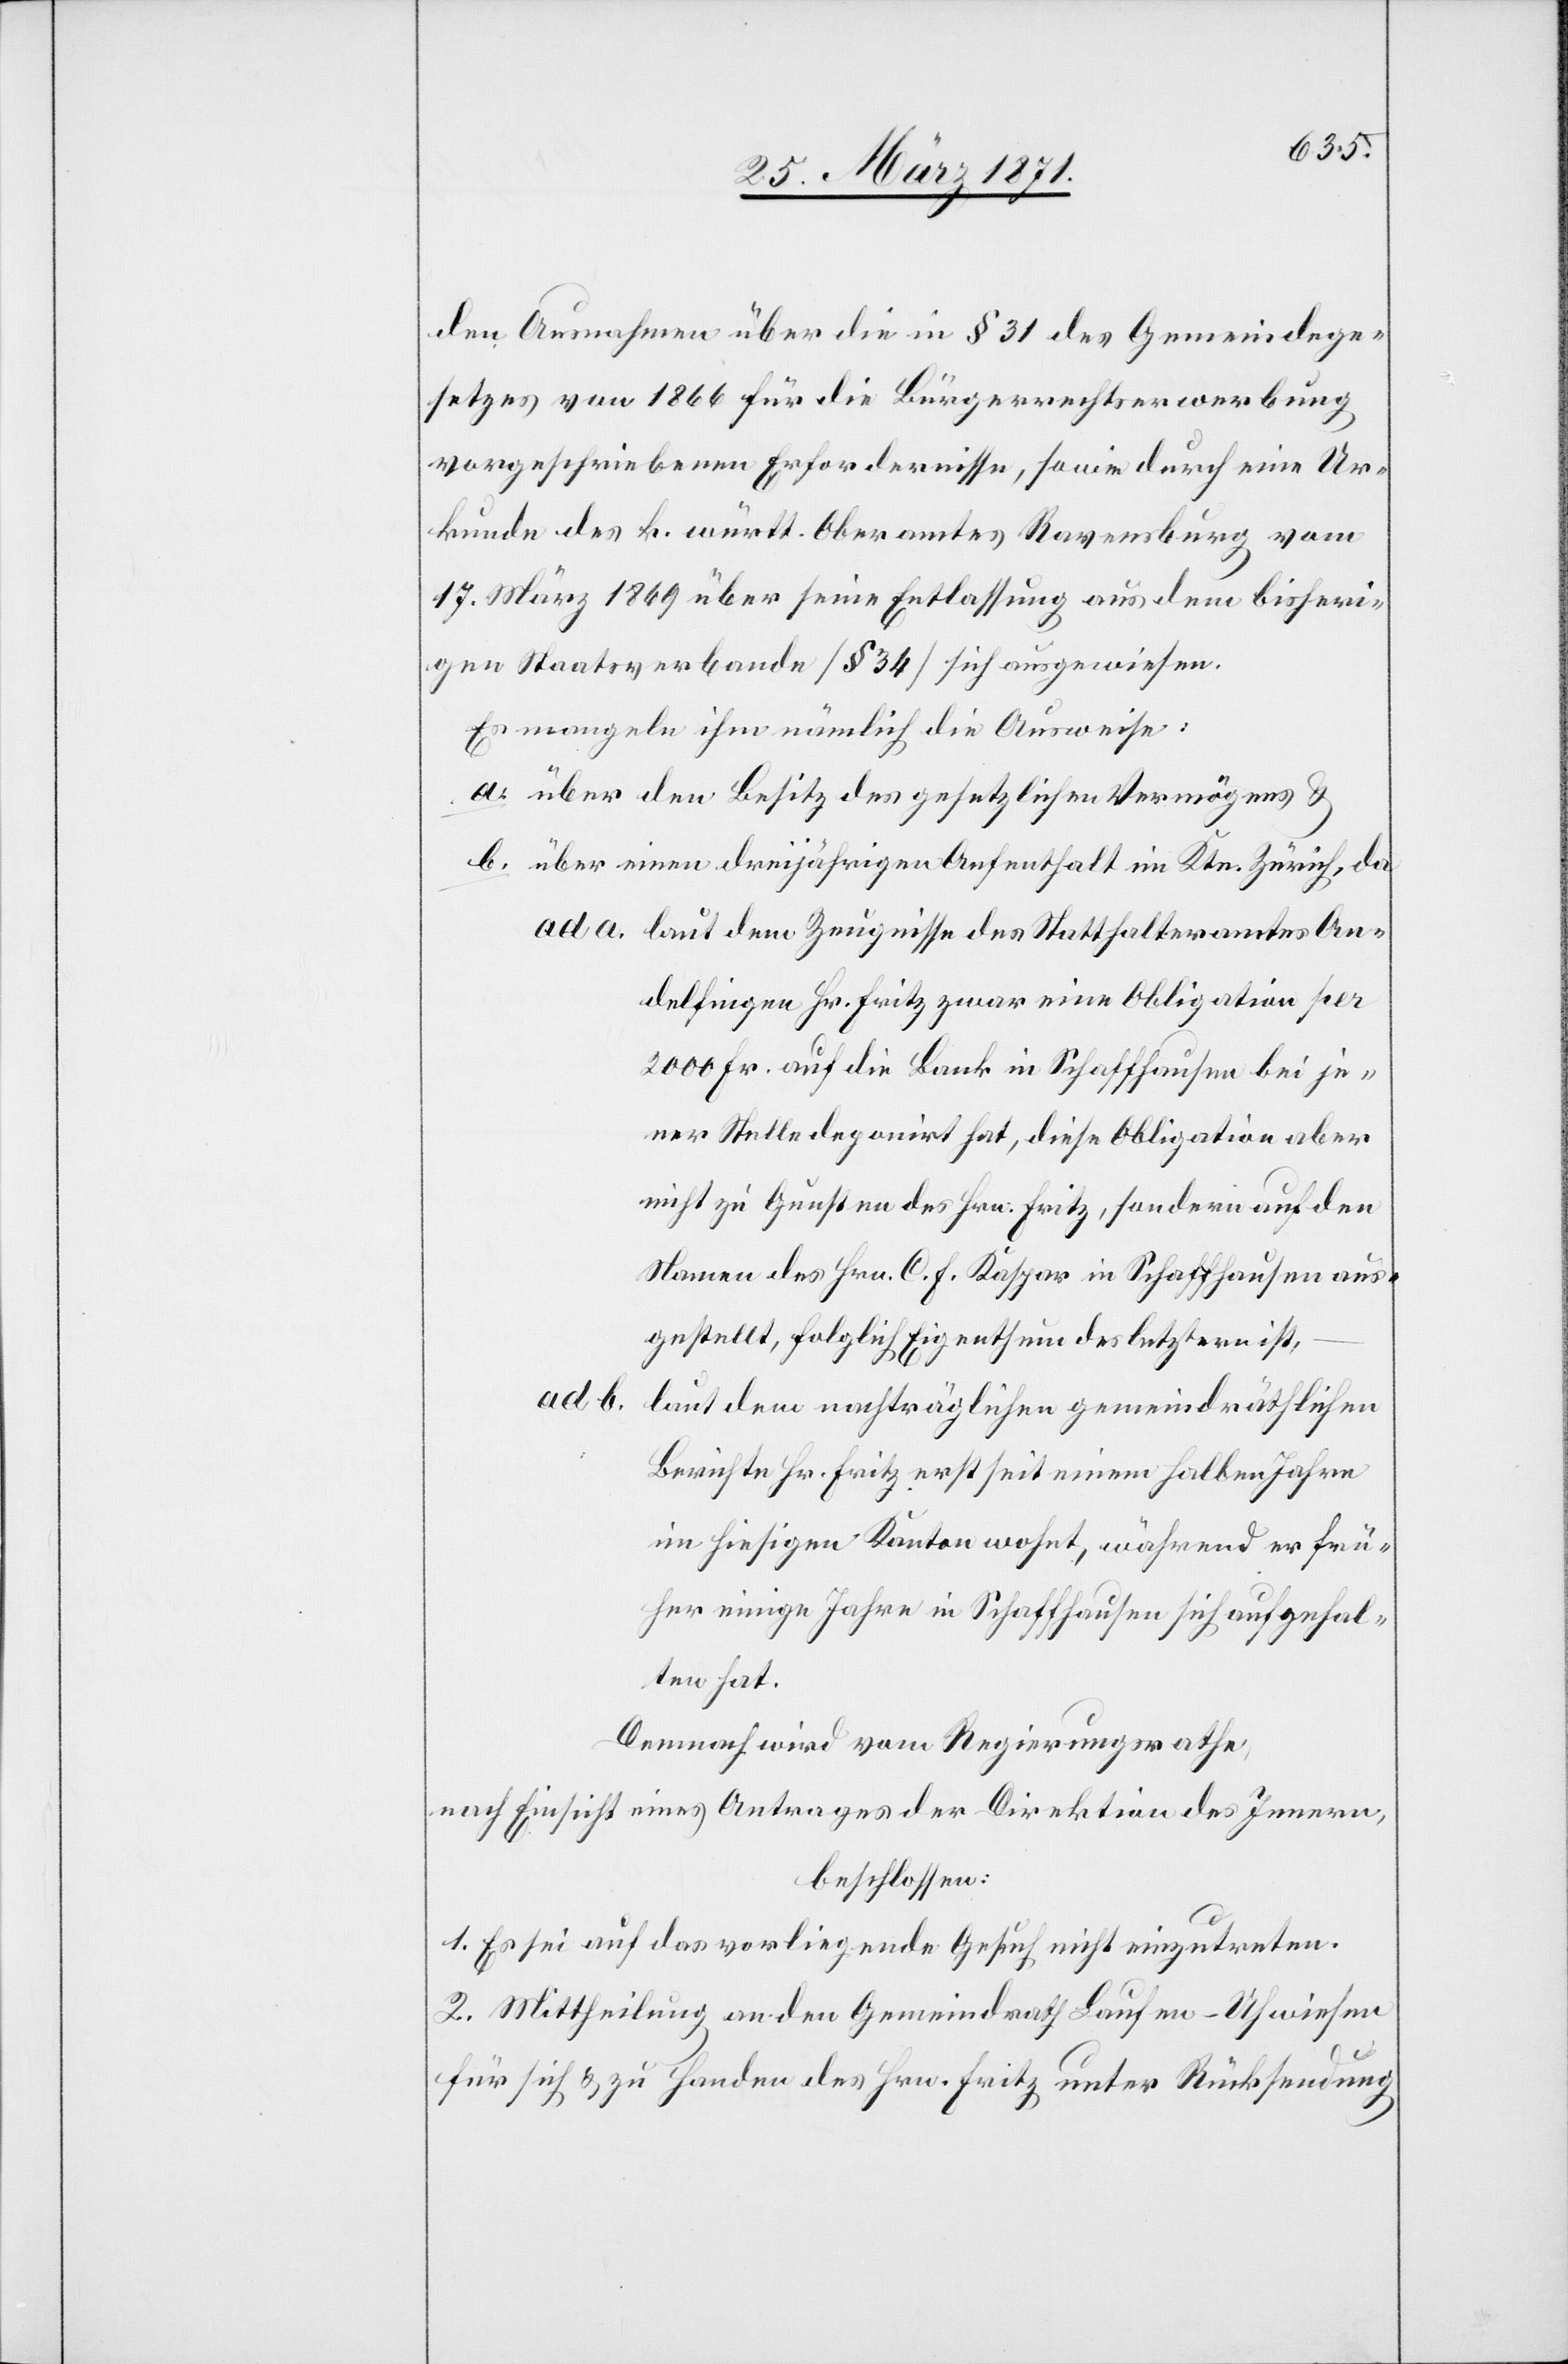
den Ausnahmen über die in § 31 des Gemeindege¬
setzes von 1866 für die Bürgerrechtserwerbung
vorgeschriebenen Erfordernisse, sowie durch eine Ur¬
kunde des k. württ. Oberamtes Ravensburg vom
17. März 1869 über seine Entlassung aus dem bisheri¬
gen Staatsverbande [§ 34] sich ausgewiesen.
Es mangeln ihm nämlich die Ausweise.
a. über den Besitz des gesetzlichen Vermögens u.
b. über einen dreijährigen Aufenthalt im Ktn. Zürich, da
laut dem Zeugnisse des Statthalteramtes An¬
delfingen Hr. Fritz zwar eine Obligation per
2000 Fr. auf die Bank in Schaffhausen bei je¬
ner Stelle deponirt hat, diese Obligation aber
nicht zu Gunsten des Hrn. Fritz, sondern auf den
Namen des Hrn. C. F. Kaspar in Schaffhausen aus¬
gestellt, folglich Eigenthum des letzern ist,
ad b.
laut dem nachträglichen gemeindräthlichen
Berichte Hr. Fritz erst seit einem halben Jahre
im hiesigen Kanton wohnt, während er frü¬
her einige Jahre in Schaffhausen sich aufgehal¬
ten hat.
Demnach wird vom Regierungsrathe,
nach Einsicht eines Antrages der Direktion des Innern,
beschlossen:
1. Es sei auf das vorliegende Gesuch nicht einzutreten.
2. Mittheilung an den Gemeindrath Laufen-Uhwiesen
für sich u. zu Handen des Hrn. Fritz unter Rücksendung